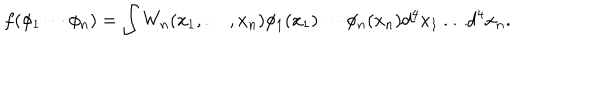
f ( \phi _ { 1 } \cdots \phi _ { n } ) = \int W _ { n } ( x _ { 1 } , \ldots , x _ { n } ) \phi _ { 1 } ( x _ { 1 } ) \cdots \phi _ { n } ( x _ { n } ) d ^ { 4 } x _ { 1 } \ldots d ^ { 4 } x _ { n } .